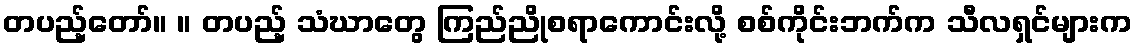
တပည့်တော်။ ။ တပည့် သံဃာတွေ ကြည်ညိုစရာကောင်းလို့ စစ်ကိုင်းဘက်က သီလရှင်များက